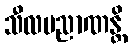
သီလပညာဏန္တိ